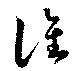
譙